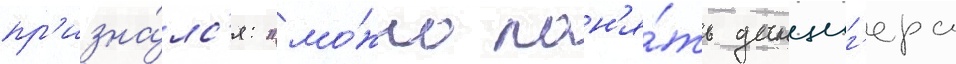
пр'изна́лс'я: "мо́жно пон'я́ть данциг'ера